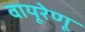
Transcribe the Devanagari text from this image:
वायूरेणू